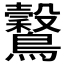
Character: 𪇗